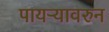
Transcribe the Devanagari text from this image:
पायऱ्यावरुन